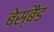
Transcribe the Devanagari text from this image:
बेस्बैंड